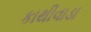
કાથીવાડા